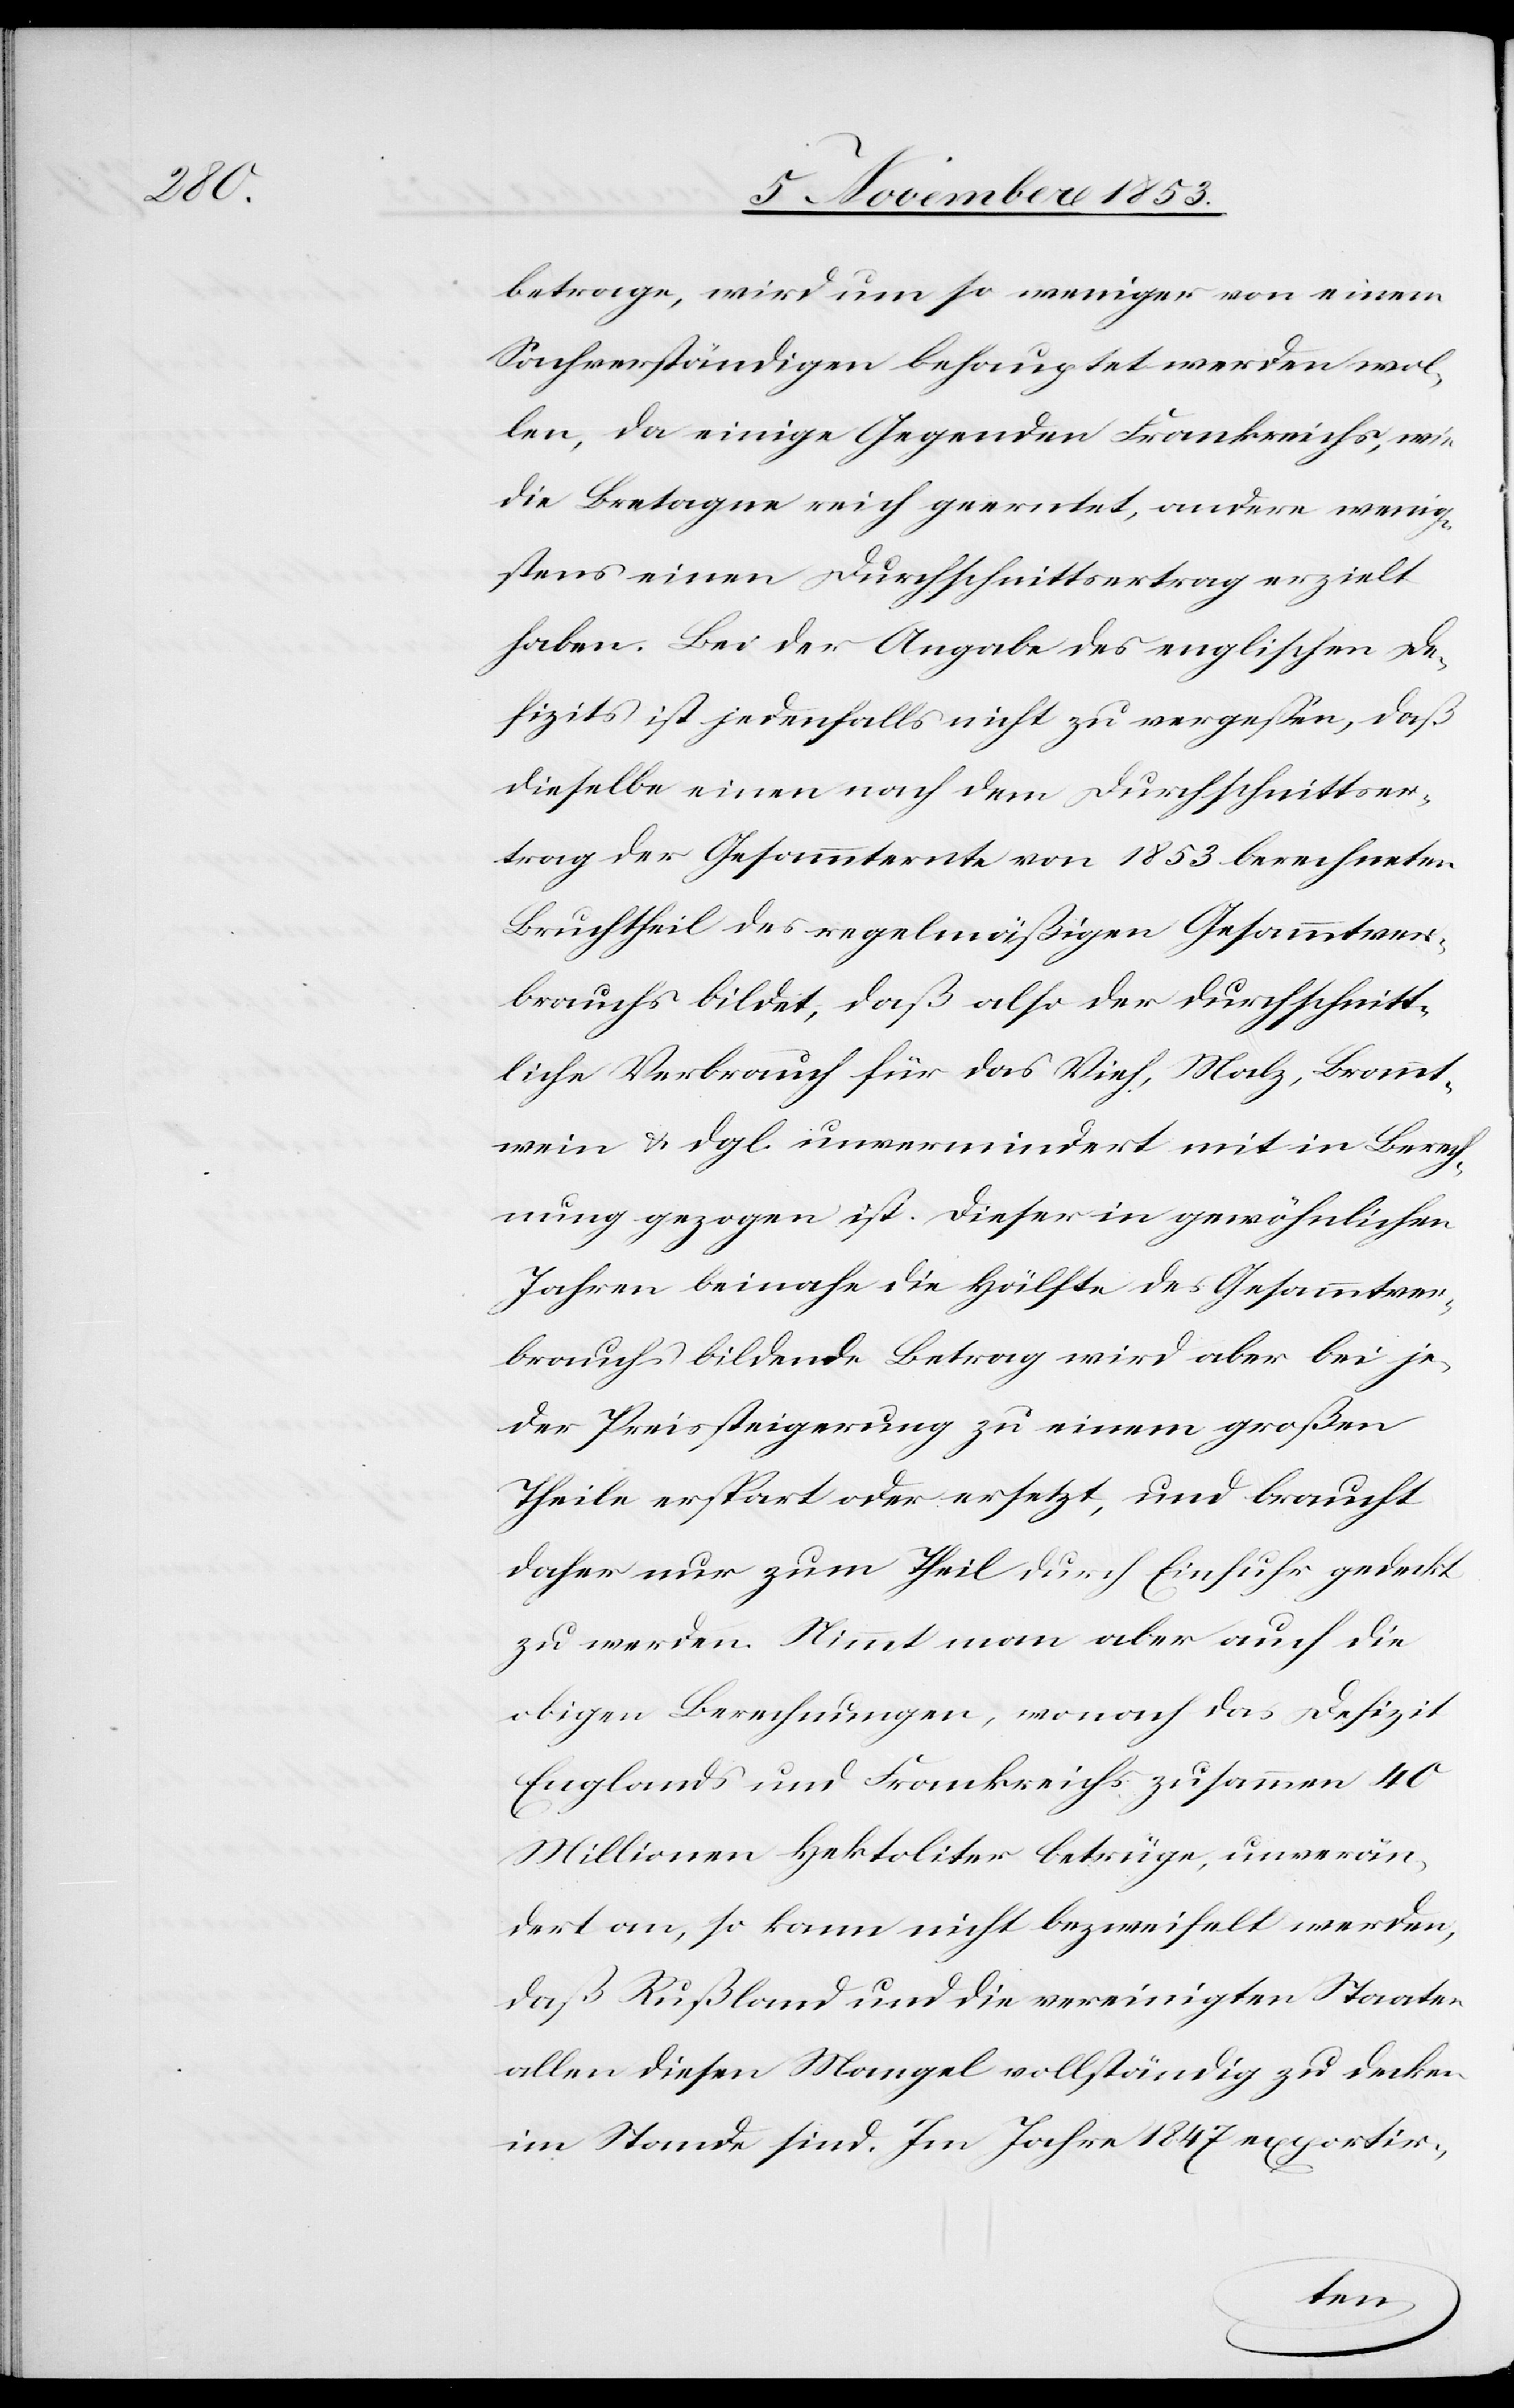
betrage, wird um so weniger von einem
Sachverständigen behauptet werden wol¬
len, da einige Gegenden Frankreichs, wie
die Bretagne reich gewertet, andere wenig¬
stens einen Durchschnittsertrag erzielt
haben. Bei der Angabe des englischen De¬
fizits ist jedenfalls nicht zu vergeßen, daß
dieselbe einen nach dem Durchschnittser¬
trag der Gesammternte von 1853 berechneten
Bruchtheil des regelmäßigen Gesammtver¬
brauchs bildet, daß also der durchschnitt¬
liche Verbrauch für das Vieh, Malz, Brannt¬
wein u. dgl. unvermindert mit in Berech¬
nung gezogen ist. Dieser in gewöhnlichen
Jahren beinahe die Hälfte des Gesammtver¬
brauchs bildende Betrag wird aber bei je¬
der Preissteigerung zu einem großen
Theile erspart oder ersetzt, und braucht
daher nur zum Theil durch Einfuhr gedeckt
zu werden. Nimmt man aber auch die
obigen Berechnungen, wonach das Defizit
Englands und Frankreichs zusammen 40
Millionen Hektoliter betrüge, unverän¬
dert an, so kann nicht bezweifelt werden,
daß Rußland und die vereinigten Staaten
allen diesen Mangel vollständig zu decken
im Stande sind. Im Jahre 1847 exportir-